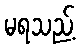
မရသည့်